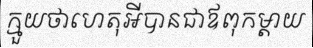
ក្មួយថាហេតុអីបានជាឪពុកម្តាយ